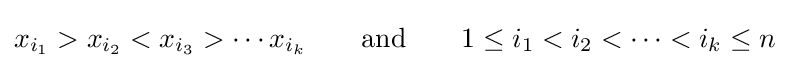
x_{i_{1}}>x_{i_{2}}<x_{i_{3}}>\cdots x_{i_{k}}\qquad {\text{and}}\qquad 1\leq i_{1}<i_{2}<\cdots <i_{k}\leq n